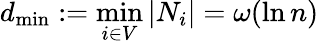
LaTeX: d_{\operatorname*{min}}:=\operatorname*{min}_{i\in V}|N_{i}|=\omega(\ln n)